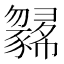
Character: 𢑼